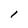
Character: l